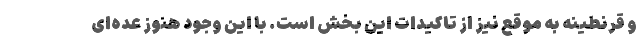
و قرنطینه‌ به موقع نیز از تاکیدات این بخش است. با این وجود هنوز عده‌ای